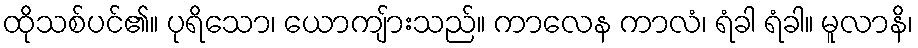
ထိုသစ်ပင်၏။ ပုရိသော၊ ယောကျ်ားသည်။ ကာလေန ကာလံ၊ ရံခါ ရံခါ။ မူလာနိ၊